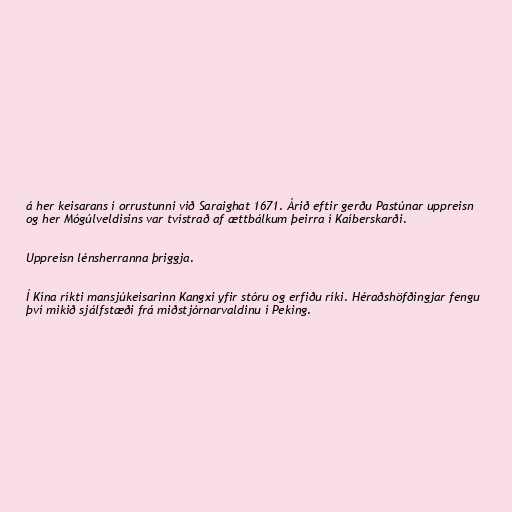
á her keisarans í orrustunni við Saraighat 1671. Árið eftir gerðu Pastúnar uppreisn
og her Mógúlveldisins var tvístrað af ættbálkum þeirra í Kaíberskarði.

Uppreisn lénsherranna þriggja.

Í Kína ríkti mansjúkeisarinn Kangxi yfir stóru og erfiðu ríki. Héraðshöfðingjar fengu
því mikið sjálfstæði frá miðstjórnarvaldinu í Peking.